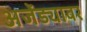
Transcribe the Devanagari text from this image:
अजेंड्यावर